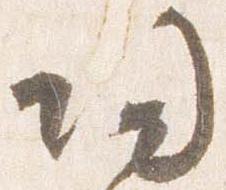
帰